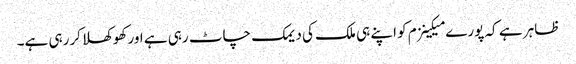
ظاہر ہے کہ پورے میکینزم کو اپنے ہی ملک کی دیمک چاٹ رہی ہے اور کھوکھلا کررہی ہے۔